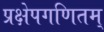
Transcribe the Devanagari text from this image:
प्रक्षेपगणितम्